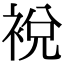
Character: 裞